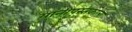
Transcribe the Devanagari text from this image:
यांनीपुस्तकाला